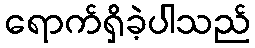
ရောက်ရှိခဲ့ပါသည်